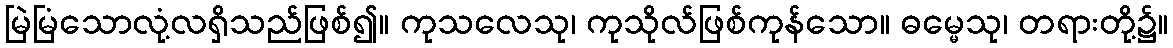
မြဲမြံသောလုံ့လရှိသည်ဖြစ်၍။ ကုသလေသု၊ ကုသိုလ်ဖြစ်ကုန်သော။ ဓမ္မေသု၊ တရားတို့၌။